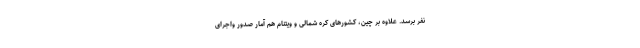
نفر برسد. علاوه بر چین، کشورهای کره شمالی و ویتنام هم آمار صدور واجرای